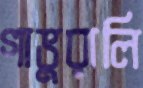
গাভুরালি